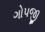
ગોપજી